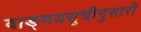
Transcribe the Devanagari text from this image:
वाङ्मयसूचीनुसारी